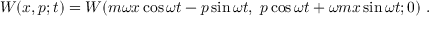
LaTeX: W ( x , p ; t ) = W ( m \omega x \cos \omega t - p \sin \omega t , ~ p \cos \omega t + \omega m x \sin \omega t ; 0 ) ~ .